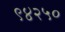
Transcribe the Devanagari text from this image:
९४२५०